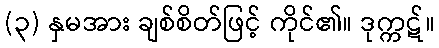
(၃) နှမအား ချစ်စိတ်ဖြင့် ကိုင်၏။ ဒုက္ကဋ်။